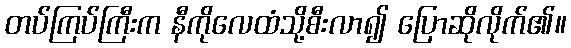
တပ်ကြပ်ကြီးက နီကိုလေထံသို့စီးလာ၍ ပြောဆိုလိုက်၏။